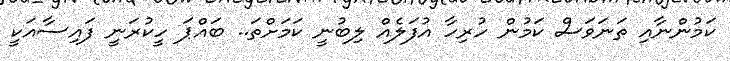
ކަމުންނާއި ތަނަވަސް ކަމުން ހުރިހާ އުފަލެއް ލިބުނީ ކަމަށްތަ.. ބައްޕަ ހީކުރަނީ ފައިސާއަކީ